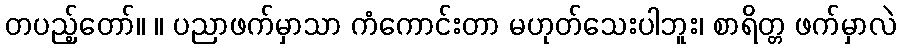
တပည့်တော်။ ။ ပညာဖက်မှာသာ ကံကောင်းတာ မဟုတ်သေးပါဘူး၊ စာရိတ္တ ဖက်မှာလဲ